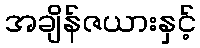
အချိန်ဇယားနှင့်